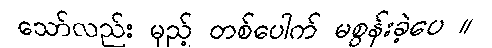
သော်လည်း မှည့် တစ်ပေါက် မစွန်းခဲ့ပေ ။